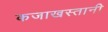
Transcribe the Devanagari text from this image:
कजाखस्तानी